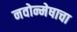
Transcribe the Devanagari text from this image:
नवोन्मेषाचा